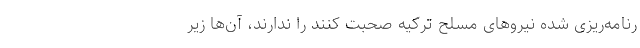
رنامه‌ریزی شده نیروهای مسلح ترکیه صحبت کنند را ندارند، آن‌ها زیر